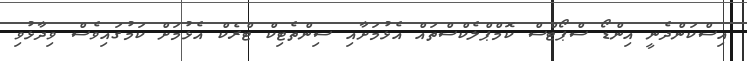
އިސްކަންދެނީ އިންޑޯ ސްޕޯޓްސް ކޮމްޕްލެކްސްތައް އެޅުމަށާއި ސިންތެޓިކް ޓްރެކް އެޅުމަށް ކަމުގައިވެސް ވިދާޅުވި